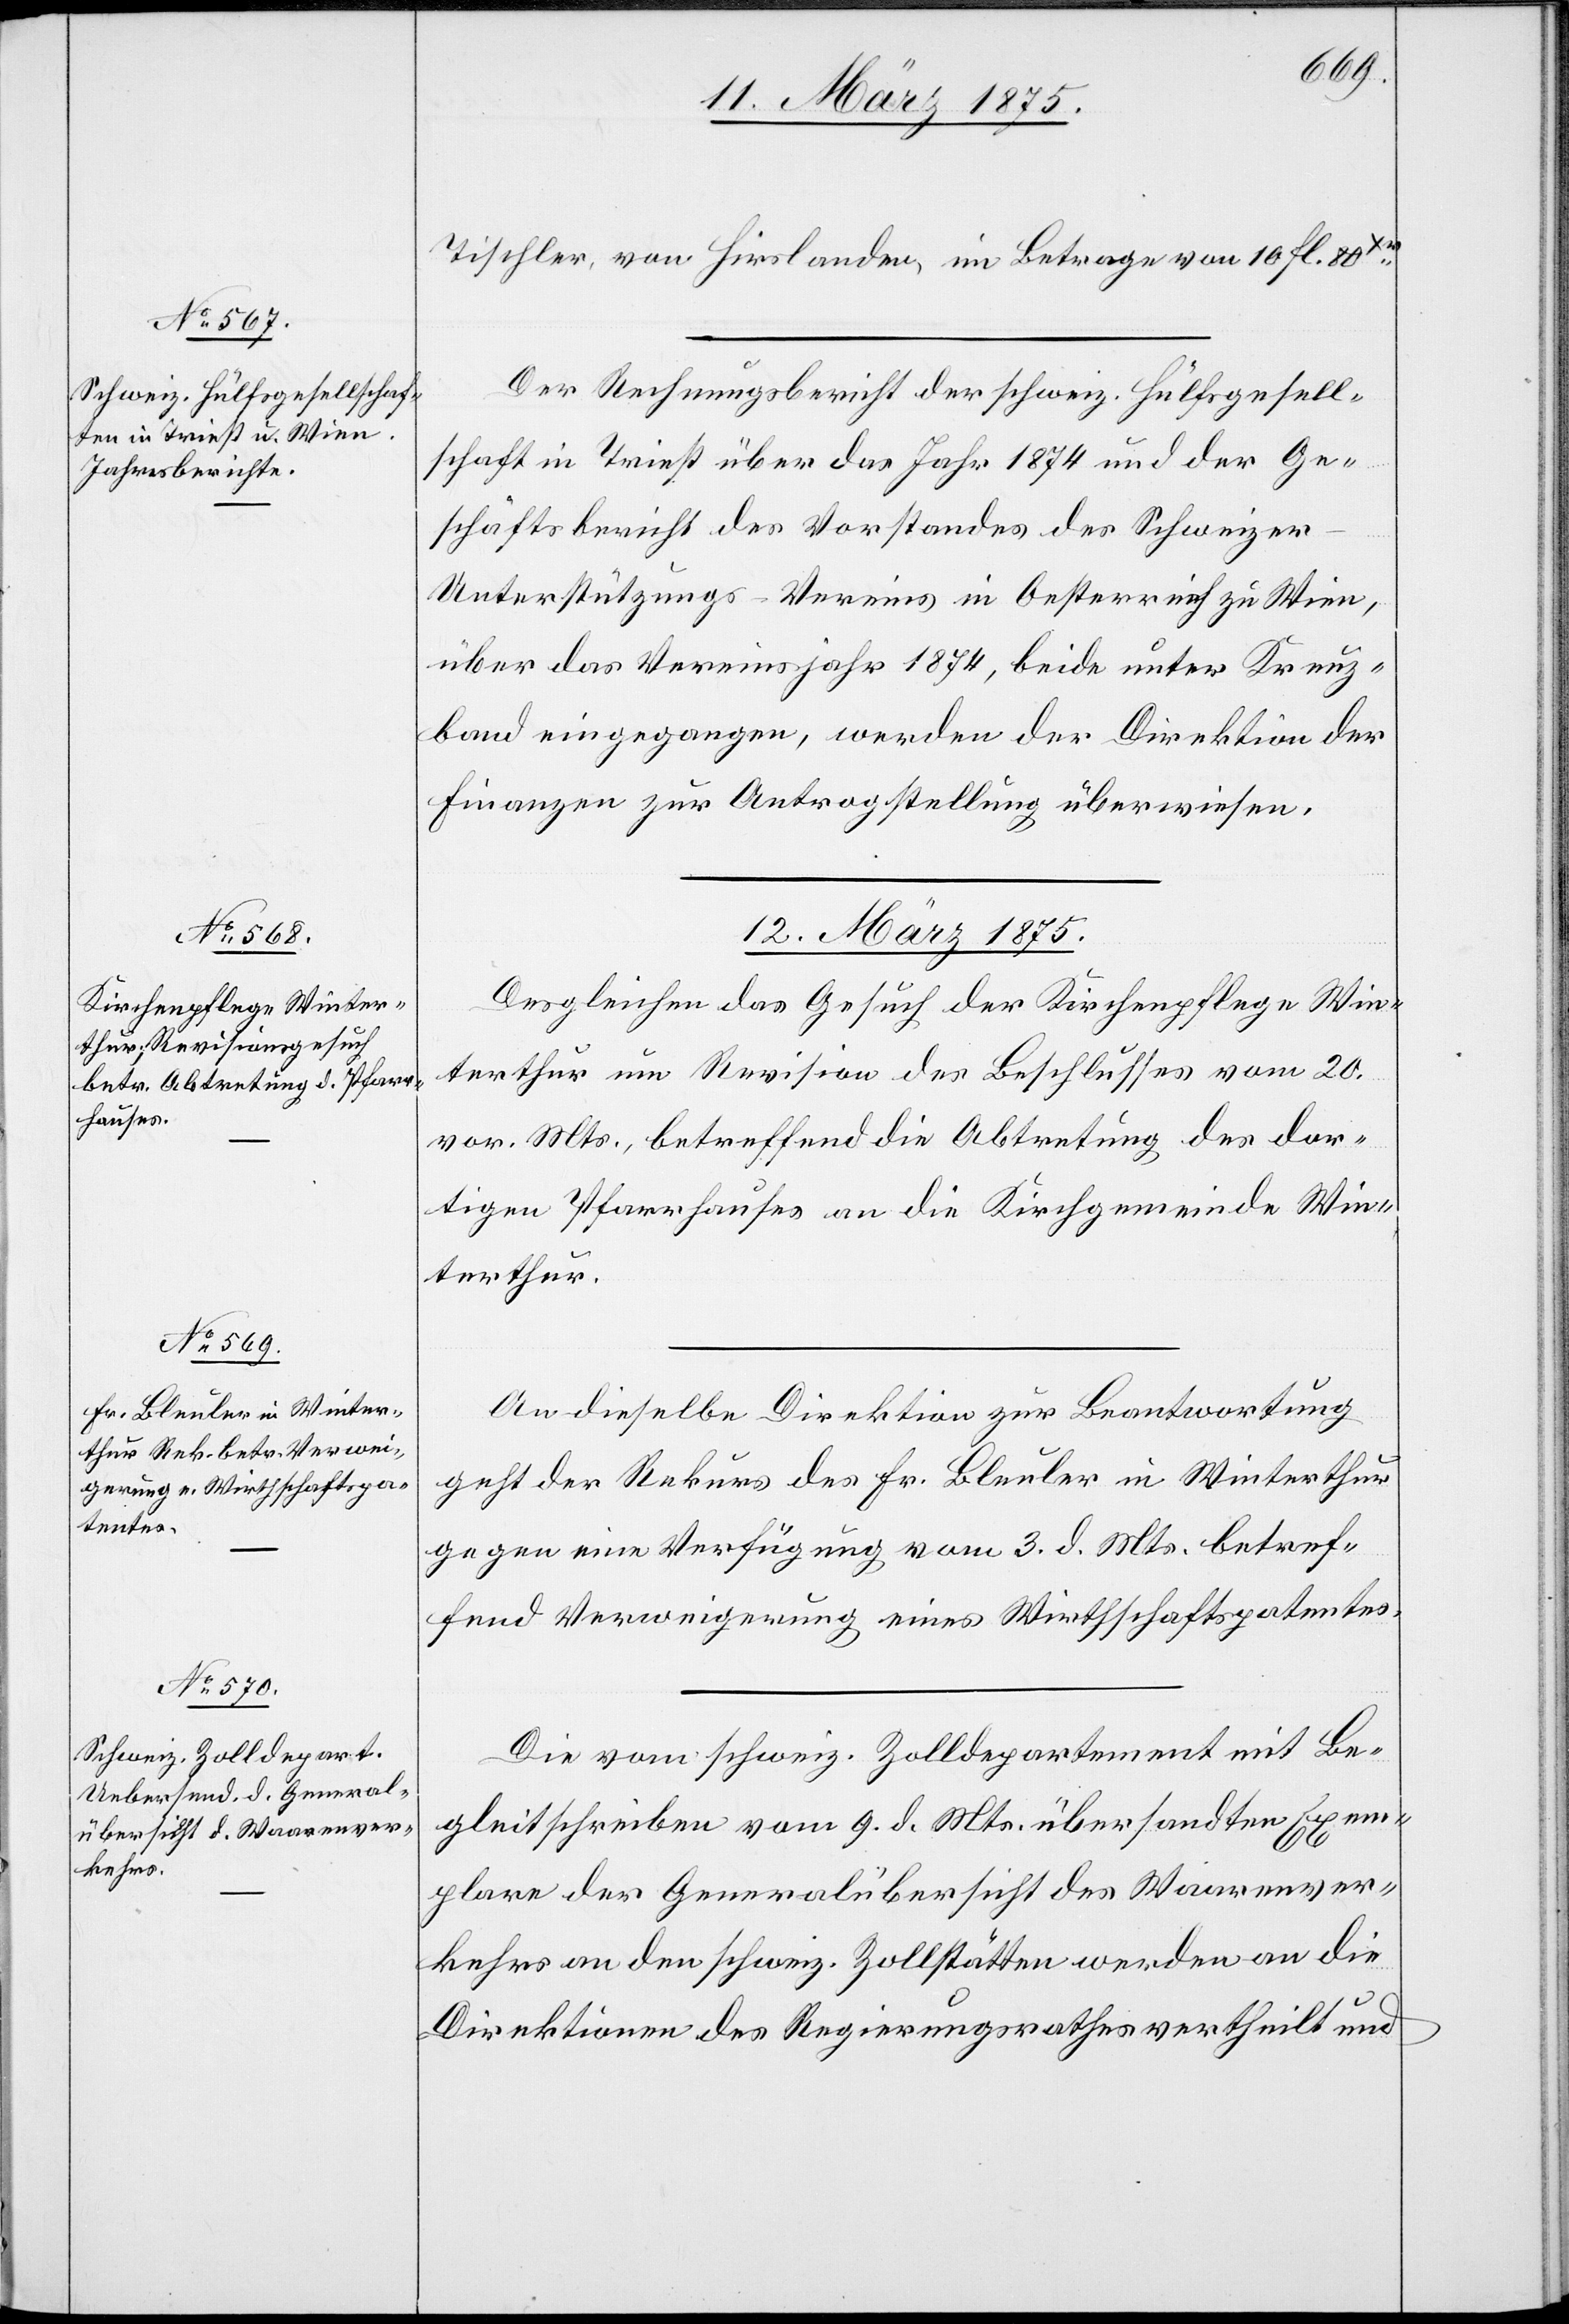
11. März 1875.]
Tischler, von Hirslanden, im Betrage von 10 fl. 80
Der Rechnungsbericht der schweiz. Hülfsgesell¬
schaft in Triest über das Jahr 1874 und der Ge¬
schäftsbericht des Vorstandes des Schweizer–U¬
nterstützungs–Vereins in Oesterreich zu Wien,
über das Vereinsjahr 1874, beide unter Kreuz¬
band eingegangen, werden der Direktion der
Finanzen zur Antragstellung überwiesen.
12. März 1875.]
Dergleichen das Gesuch der Kirchenpflege Win¬
terthur um Revision des Beschlusses vom 20.
vor. Mts., betreffend die Abtretung des dor¬
tigen Pfarrhauses an die Kirchgemeinde Win¬
terthur.
An dieselbe Direktion zur Beantwortung
geht der Rekurs des Fr. Bleuler in Winterthur
gegen eine Verfügung vom 3. d. Mts. betref¬
fend Verweigerung eines Wirtschaftspatentes.
Die vom schweiz. Zolldepartement mit Be¬
gleitschreiben vom 9. d. Mts. übersandten Exemp¬
lare an den schweiz. Zollstätten werden an die
Direktionen des Regierungsrathes vertheilt und